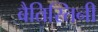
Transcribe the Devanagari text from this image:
बैतिस्तिनी